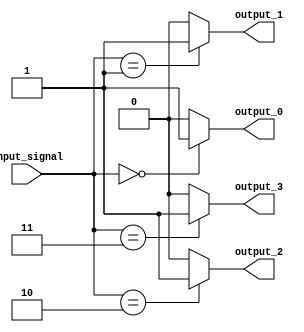
module Decoder(
    input [3:0] input_signal,
    output reg output_0,
    output reg output_1,
    output reg output_2,
    output reg output_3
);

always @(*) begin
    case(input_signal)
        4'b0000: begin
            output_0 = 1;
            output_1 = 0;
            output_2 = 0;
            output_3 = 0;
        end
        4'b0001: begin
            output_0 = 0;
            output_1 = 1;
            output_2 = 0;
            output_3 = 0;
        end
        4'b0010: begin
            output_0 = 0;
            output_1 = 0;
            output_2 = 1;
            output_3 = 0;
        end
        4'b0011: begin
            output_0 = 0;
            output_1 = 0;
            output_2 = 0;
            output_3 = 1;
        end
        default: begin
            output_0 = 0;
            output_1 = 0;
            output_2 = 0;
            output_3 = 0;
        end
    endcase
end

endmodule